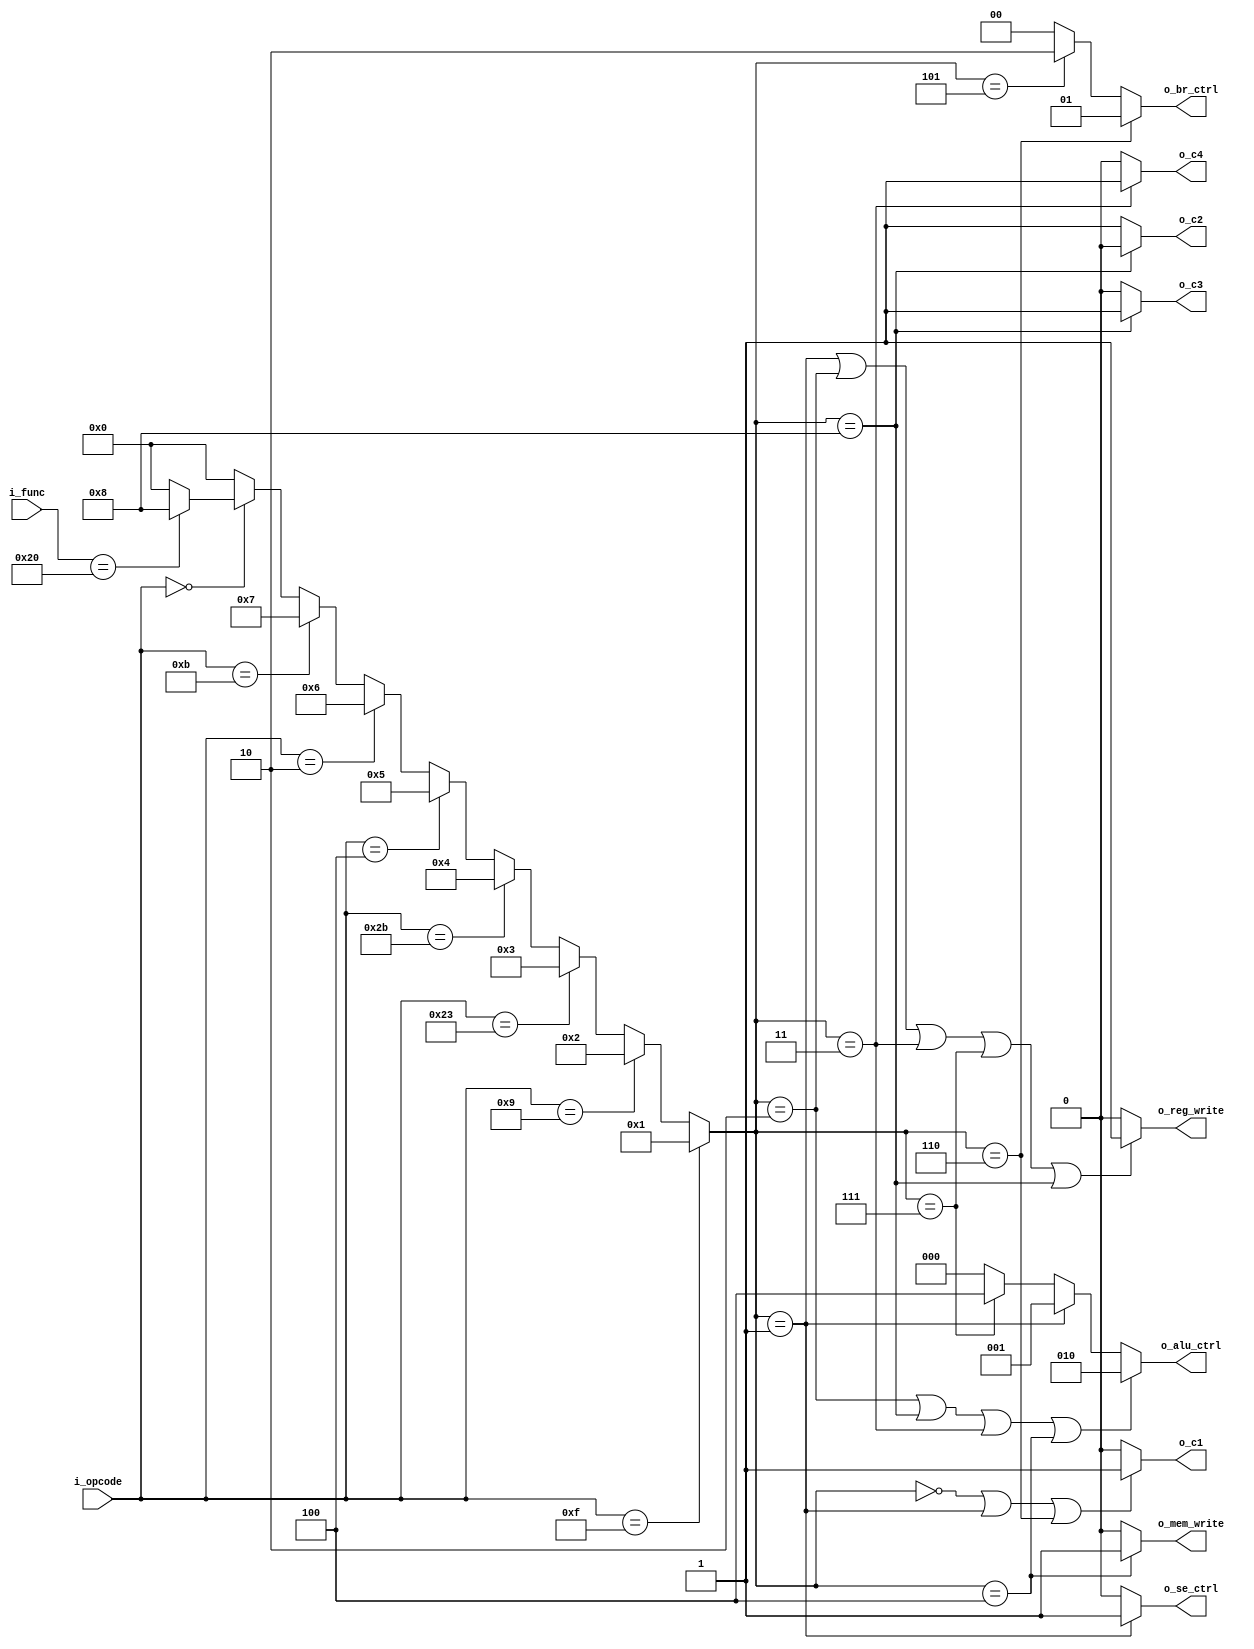
`timescale 1ns / 1ps
//////////////////////////////////////////////////////////////////////////////////
// Company: 
// Engineer: 
// 
// Design Name: 
// Module Name: control_unit
// Project Name: 
// Target Devices: 
// Tool Versions: 
// Description: 
// 
// Dependencies: 
// 
// Revision:
// Revision 0.01 - File Created
// Additional Comments:
// 
//////////////////////////////////////////////////////////////////////////////////


module control_unit (
    input wire [5:0] i_opcode,
    input wire [5:0] i_func,
    output wire [2:0] o_alu_ctrl,  // ALU
    output wire [1:0] o_br_ctrl,  // branch_unit
    output wire o_se_ctrl,
    output wire o_reg_write,  // 
    output wire o_mem_write,  // 
    output wire o_c1,  // ALUMUX
    output wire o_c2,  // ALUMUX
    output wire o_c3,  // MUX
    output wire o_c4  // 
);
  wire [3:0] inst_type;
  assign inst_type = (i_opcode == 6'b001111) ? 1 :  // LUI
      (i_opcode == 6'b001001) ? 2 :  // ADDIU
      (i_opcode == 6'b100011) ? 3 :  // LW
      (i_opcode == 6'b101011) ? 4 :  // SW
      (i_opcode == 6'b000100) ? 5 :  // BEQ
      (i_opcode == 6'b000010) ? 6 :  // J
      (i_opcode == 6'b001011) ? 7 :  // SLTIU
      (i_opcode == 6'b0) ? ((i_func == 6'b100000) ? 8 : 0) :  // ADD
      0;

  assign o_alu_ctrl = (inst_type == 2 || inst_type == 8 || inst_type == 3 || inst_type == 4) ? 3'b010 :  // ADDIU || ADD || LW || SW
      (inst_type == 1) ? 3'b001 :  // LUI
      (inst_type == 7) ? 3'b100 :  // SLTIU
      3'b0;

  assign o_br_ctrl = (inst_type == 6) ? 2'b01 :  // J
      (inst_type == 5) ? 2'b10 :  // BEQ
      2'b0;

  assign o_mem_write = (inst_type == 4) ? 1 : 0;  // SW
  assign o_reg_write = (inst_type == 1 || inst_type == 2 || inst_type == 3 || inst_type == 7 || inst_type == 8) ? 1 : 0; // SW/J/BEQ,
  assign o_se_ctrl = (inst_type == 1) ? 1 : 0;

  // 0,1
  // ,

  // LUI/J,ADDIU/SLTIU/ADD/LW/SW
  assign o_c1 = (inst_type == 0 || inst_type == 1 || inst_type == 6) ? 1 : 0;
  // LUI/ADDIU/SLTIU/LW/SW,ADD
  assign o_c2 = (inst_type == 8) ? 0 : 1;
  // ADDrd,rt
  assign o_c3 = (inst_type == 8) ? 1 : 0;
  // LW,ALU
  assign o_c4 = (inst_type == 3) ? 1 : 0;
endmodule